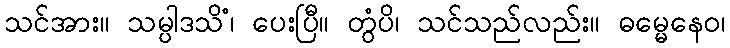
သင်အား။ သမ္ပါဒသိံ၊ ပေးပြီ။ တွံပိ၊ သင်သည်လည်း။ ဓမ္မေနေဝ၊